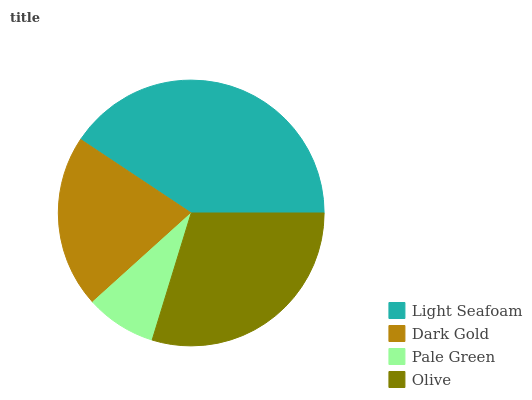
| Light Seafoam | Dark Gold | Pale Green | Olive |
 | --- | --- | --- | --- |
 | 40.6% | 21% | 8.58% | 29.8% |